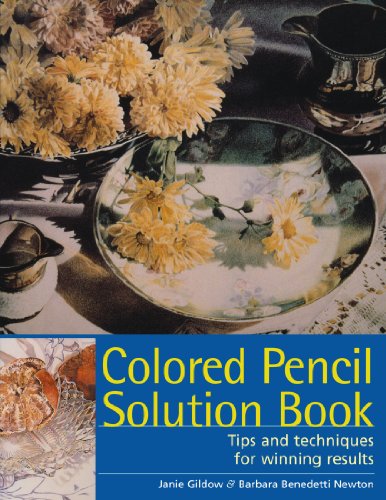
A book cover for Colored Pencil Solution Book; Janie Gildow; Comics & Graphic Novels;